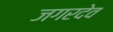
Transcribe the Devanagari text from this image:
जगरदेव